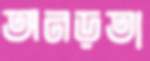
অনড়তা